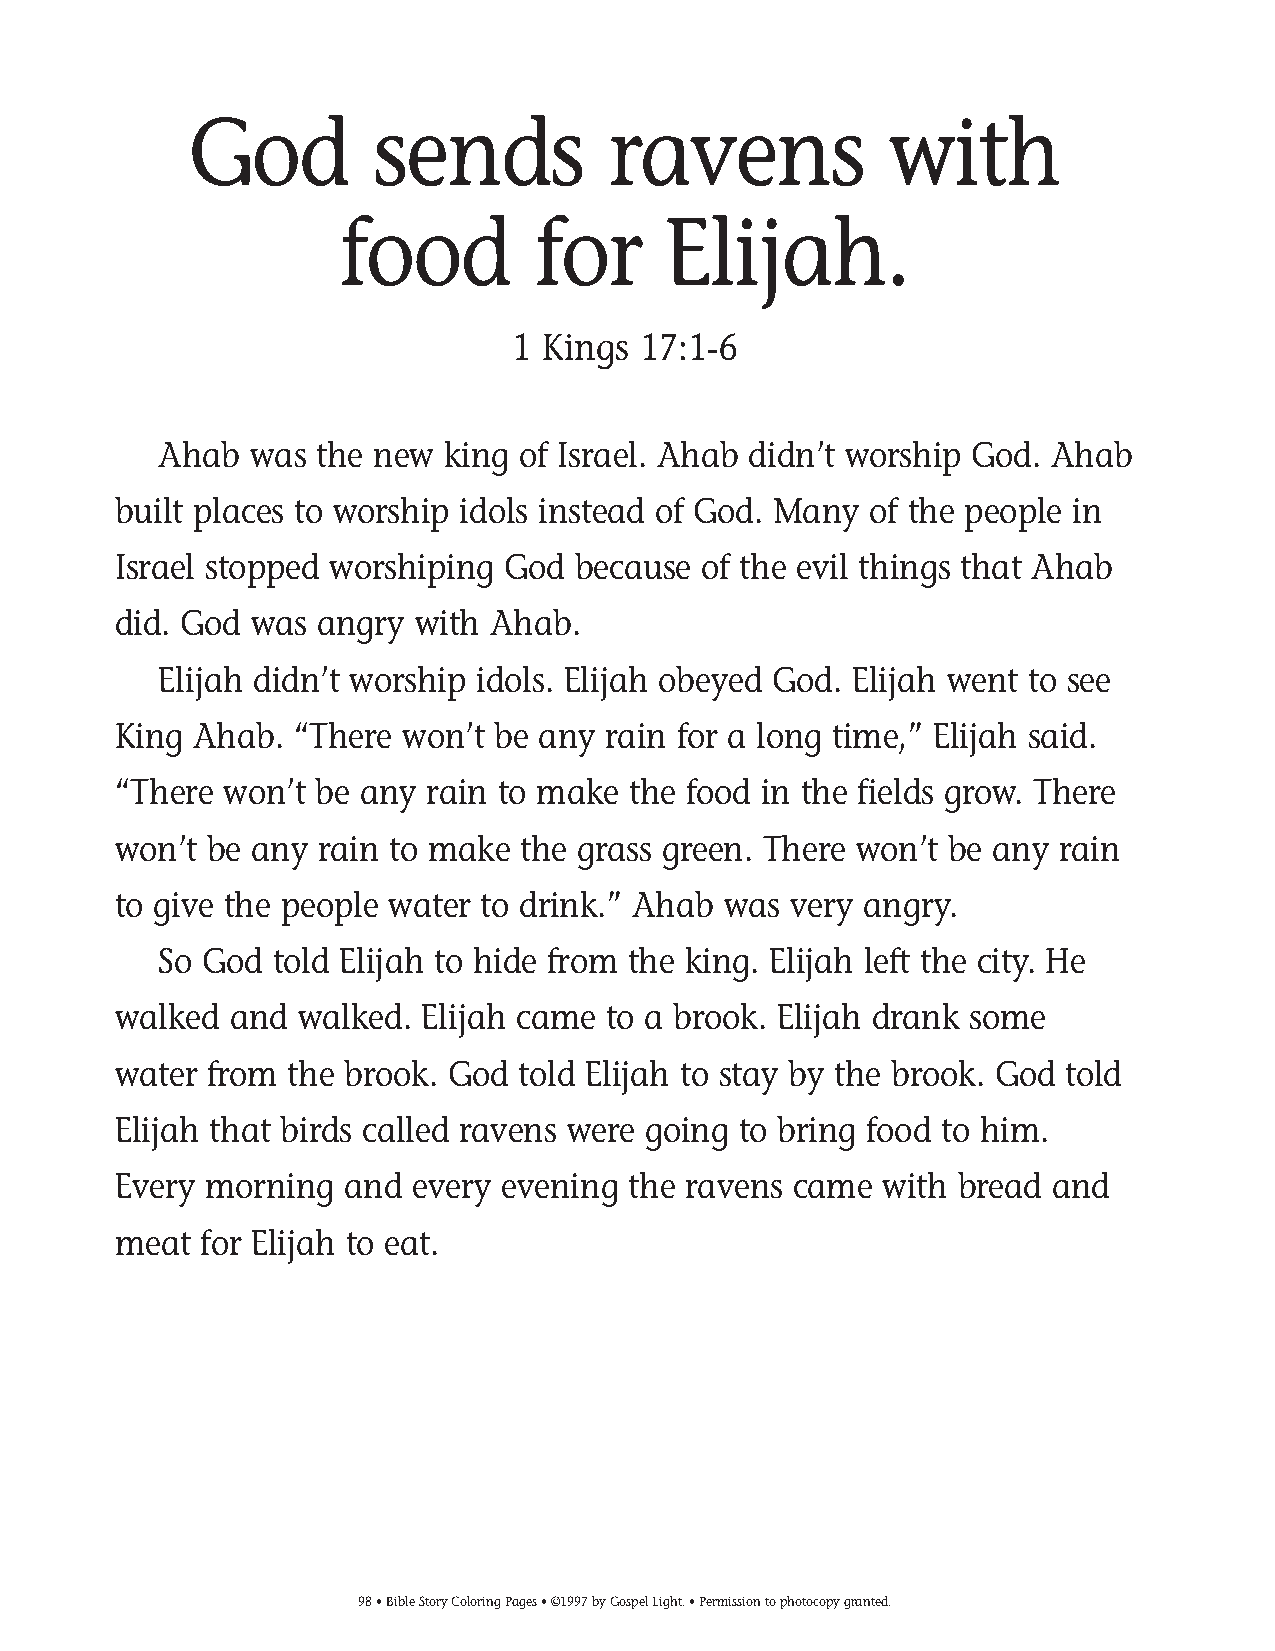
095-124 Coloring pgs_095-124 Coloring pgs 2/19/14 11:48 AM Page 98
 God         sends           ravens            with
 food         for     Elijah.
 1 Kings  17:1-6
 Ahab  was the new  king of Israel. Ahab didn’t worship God. Ahab
 built places to worship idols instead of God. Many of the people in
 Israel stopped worshiping God because  of the evil things that Ahab
 did. God was angry  with Ahab.
 Elijah didn’t worship idols. Elijah obeyed God. Elijah went to see
 King Ahab.  “There won’t be any  rain for a long time,” Elijah said.
 “There won’t be any  rain to make the food in the fields grow. There
 won’t be any rain to make  the grass green. There won’t be any rain
 to give the people water to drink.” Ahab was very angry.
 So God told Elijah to hide from the king. Elijah left the city. He
 walked  and walked. Elijah came  to a brook. Elijah drank some
 water from the brook. God  told Elijah to stay by the brook. God told
 Elijah that birds called ravens were going to bring food to him.
 Every morning  and  every evening the ravens came  with bread and
 meat  for Elijah to eat.
 98• Bible Story Coloring Pages • ©1997 by Gospel Light. • Permission to photocopy granted.